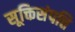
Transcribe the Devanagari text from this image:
सूक्तिसंपत्ति